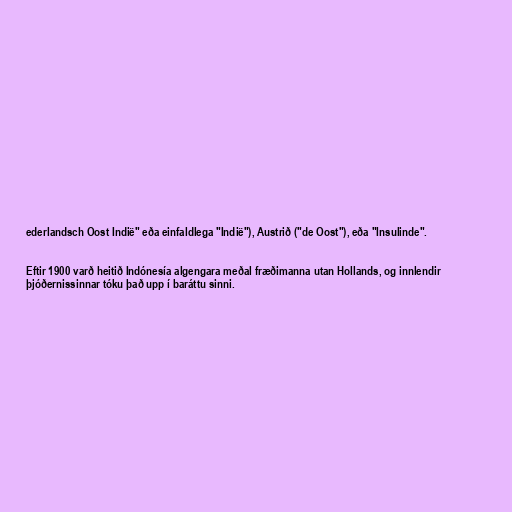
ederlandsch Oost Indië" eða einfaldlega "Indië"), Austrið ("de Oost"), eða "Insulinde".

Eftir 1900 varð heitið Indónesía algengara meðal fræðimanna utan Hollands, og innlendir
þjóðernissinnar tóku það upp í baráttu sinni.